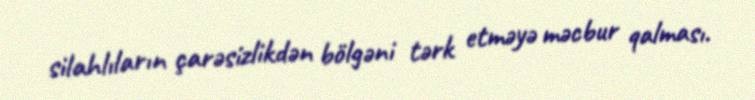
silahlıların çarəsizlikdən bölgəni tərk etməyə məcbur qalması.